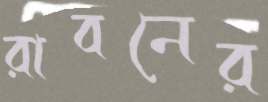
রাবনের